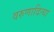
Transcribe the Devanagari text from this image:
वरुणादित्या